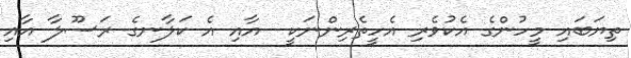
ތިޔަބައި މީހުންގެ އެކުވެރި އެހީތެރިންނަކީ  އާއި އެ ކަލާނގެ ރަސޫލާ އާއި